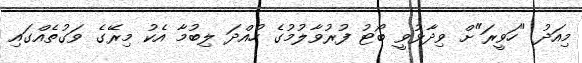
މިއަދު "ހަވީރަ"ށް ވިދާޅުވީ ބޯޓު ފުރުވާލުމުގެ ހުއްދަ ލިބުމާ އެކު މިރޭގެ ވަގުތެއްގައި